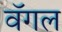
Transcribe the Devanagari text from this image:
वॅगल